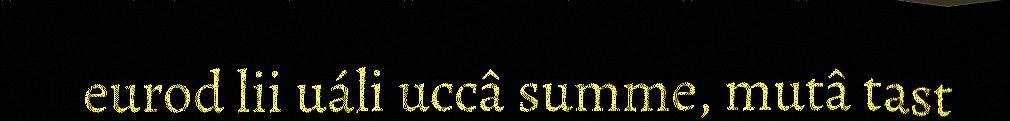
eurod lii uáli uccâ summe, mutâ tast